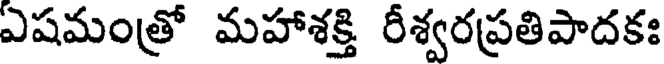
ఎషమంత్రో మహాశక్తి రీశ్వరప్రతిపాదకః